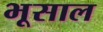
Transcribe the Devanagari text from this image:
भूसाल